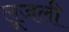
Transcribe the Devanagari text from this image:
लूजली